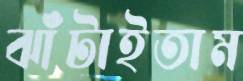
ঝাঁটাইতাম